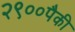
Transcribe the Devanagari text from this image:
२९००पैकी